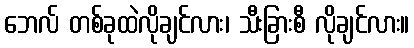
ဘေလ် တစ်ခုထဲလိုချင်လား၊ သီးခြားစီ လိုချင်လား။